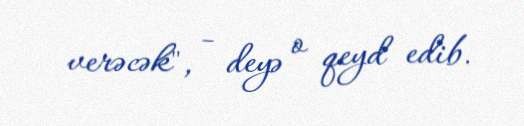
verəcək", - deyə o qeyd edib.